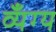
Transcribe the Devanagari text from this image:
व्यँग्य